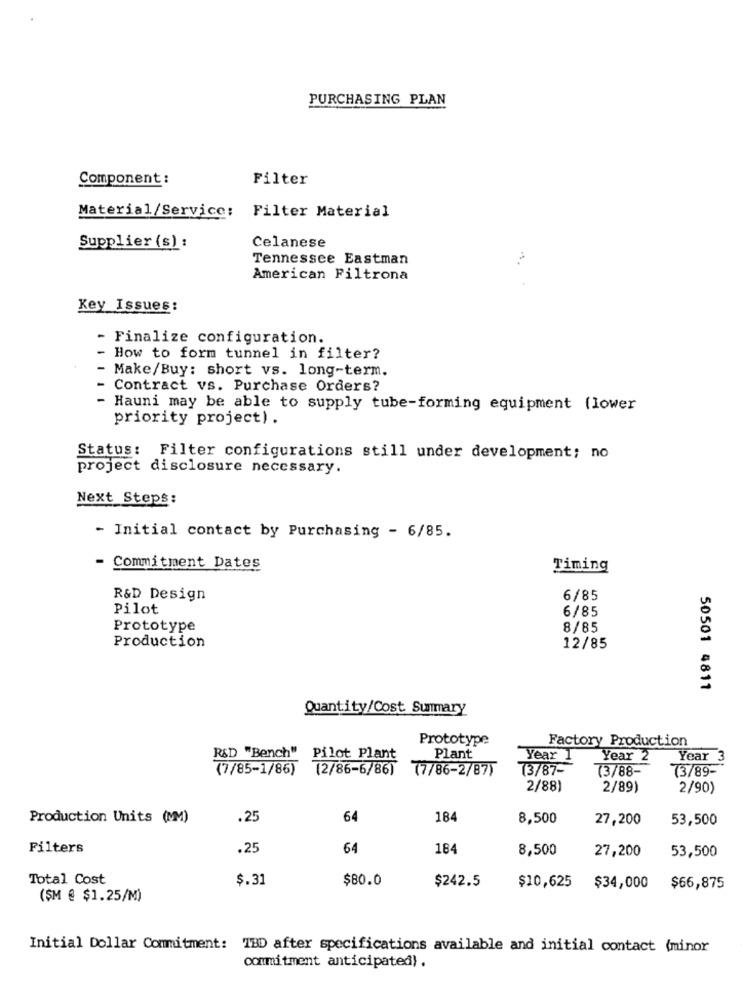
PURCHASING PLAN
Component :
Filter
Material/Service: Filter Material
Supplier (s) :
Celanese
Tennessee Eastman
American Filtrona
Key Issues:
- Finalize configuration.
- How to form tunnel in filter?
- Make/Buy: short vs. long-term.
Contract vs. Purchase Orders?
Hauni may be able to supply tube-forming equipment (lower
priority project) .
Status: Filter configurations still under development; no
project disclosure necessary.
Next Steps:
- Initial contact by Purchasing - 6/85.
- Commitment Dates
Timing
R&D Design
6/85
Pilot
6/85
Prototype
8/85
Production
12/85
50501 4811
Quantity/Cost. Summary
Prototype
Factory Production
R&D "Bench" Pilot Plant
Plant
year 1
Year 2
Year 3
(7/85-1/86)
(2/86-6/86)
77/86-2/87)
73/87-
(3/88-
(3/89-
2/88)
2/89)
2/90)
Production Units (MM)
.25
64
184
8,500
27,200
53,500
Filters
.25
64
184
8,500
27,200
53,500
Total Cost
$.31
$80.0
$242.5
$10,625
$34,000
$66,875
($M @ $1.25/M)
Initial Dollar Commitment: 18D after specifications available and initial contact (minor
commitment anticipated).